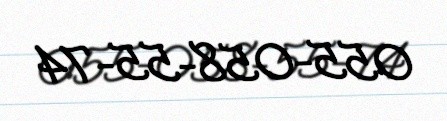
055-058-55-74